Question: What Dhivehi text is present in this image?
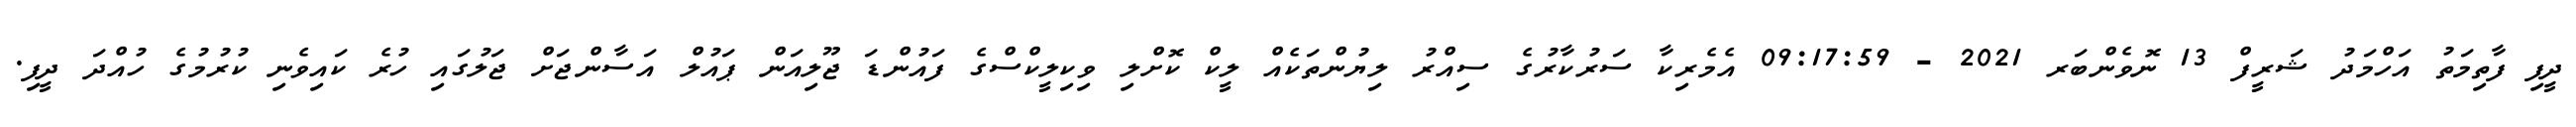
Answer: ދީފި ފާތިމަތު އަހްމަދު ޝަރީފް 13 ނޮވެންބަރ 2021 - 09:17:59 އެމެރިކާ ސަރުކާރުގެ ސިއްރު ލިޔުންތަކެއް ލީކް ކޮށްލި ވިކިލީކްސްގެ ފައުންޑަ ޖޫލިއަން ޕައުލް އަސާންޖަށް ޖަލުގައި ހުރެ ކައިވެނި ކުރުމުގެ ހުއްދަ ދީފި.